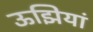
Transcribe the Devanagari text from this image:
ऊझियां